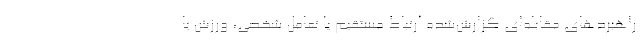
راهبردهای مقابله‌ای گزارش‌شده ارتباط مستقیم یا تعامل شخصی، ورزش یا